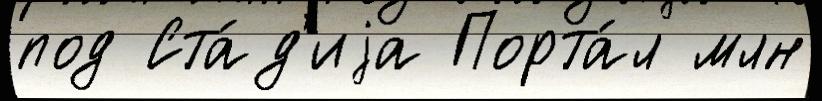
под Ста́д'иjа Порта́л млн